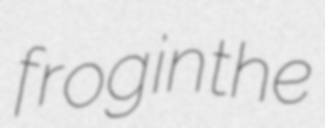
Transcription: frog in the